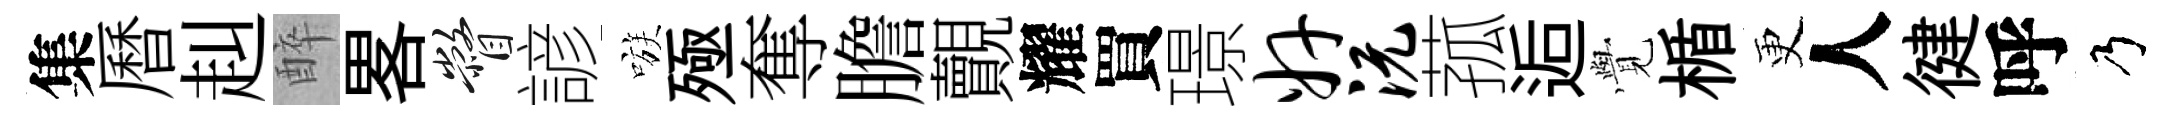
集曆赳醉畧瞥諺嗾殛奪膽覿耀買璟奸沅菰逅𮗜楯更人徤呼乃